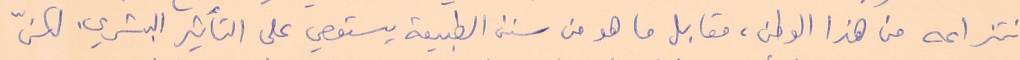
انتزاعه من هذا الوطن، مقابل ما هو من سنن الطبيعة يستوحي على التأثير البشري. لكنّ